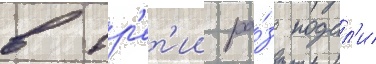
в тр'ет'ии ра́з подал'и